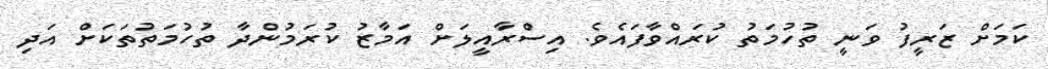
ކަމަށް ޒަރީފު ވަނީ ތުހުމަތު ކުރައްވާފައެވެ. އިސްރާއީލަށް އަމާޒު ކުރަމުންދާ ތުހުމަތުތަކަށް އަދި